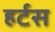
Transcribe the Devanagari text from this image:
हर्टस